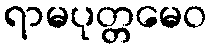
ရာမပုတ္တမေဝ